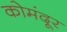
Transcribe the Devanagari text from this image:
कोमंदूर